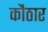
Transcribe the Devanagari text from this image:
कौठार